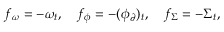
f _ { \omega } = - \omega _ { t } , \quad f _ { \phi } = - ( \phi _ { \partial } ) _ { t } , \quad f _ { \Sigma } = - \Sigma _ { t } ,